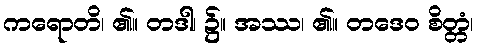
ကရောတိ၊ ၏။ တဒါ၊ ၌။ အဿ၊ ၏။ တဒေဝ စိတ္တံ၊